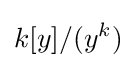
k[y]/(y^{k})